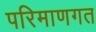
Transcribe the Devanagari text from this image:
परिमाणगत